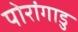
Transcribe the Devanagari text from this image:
पोरांगाडु